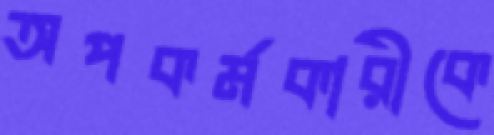
অপকর্মকারীকে